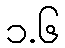
၁.၆